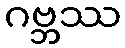
ဂဗ္ဘဿ